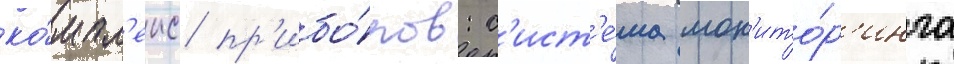
ко́мпл'екс пр'ибо́ров: с'ист'е́ма мон'ито́р'инга